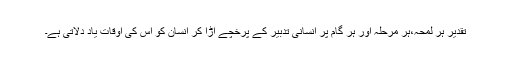
تقدیر ہر لمحہ،ہر مرحلہ اور ہر گام پر انسانی تدبیر کے پرخچے اڑا کر انسان کو اس کی اوقات یاد دلاتی ہے۔